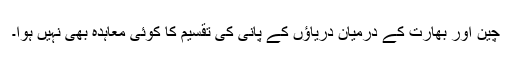
چین اور بھارت کے درمیان دریاؤں کے پانی کی تقسیم کا کوئی معاہدہ بھی نہیں ہوا۔